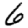
Digit: 6